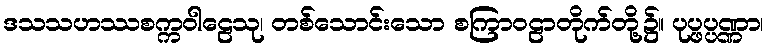
ဒသသဟဿစက္ကဝါဠေသု၊ တစ်သောင်းသော စကြာဝဠာတိုက်တို့၌။ ပုပ္ဖပ္ပဏ္ဏာ၊